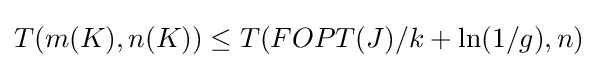
T(m(K),n(K))\leq T(FOPT(J)/k+\ln(1/g),n)